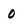
Character: 0